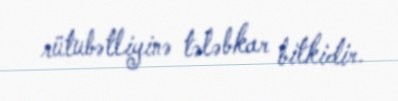
rütubətliyinə tələbkar bitkidir.